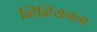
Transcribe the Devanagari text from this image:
व्हिव्हियनला